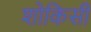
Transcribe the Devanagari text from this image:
शोकिसी